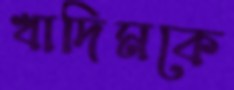
খাদিমকে